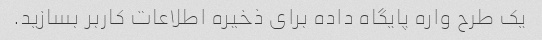
یک طرح واره پایگاه داده برای ذخیره اطلاعات کاربر بسازید.